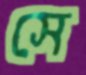
সে